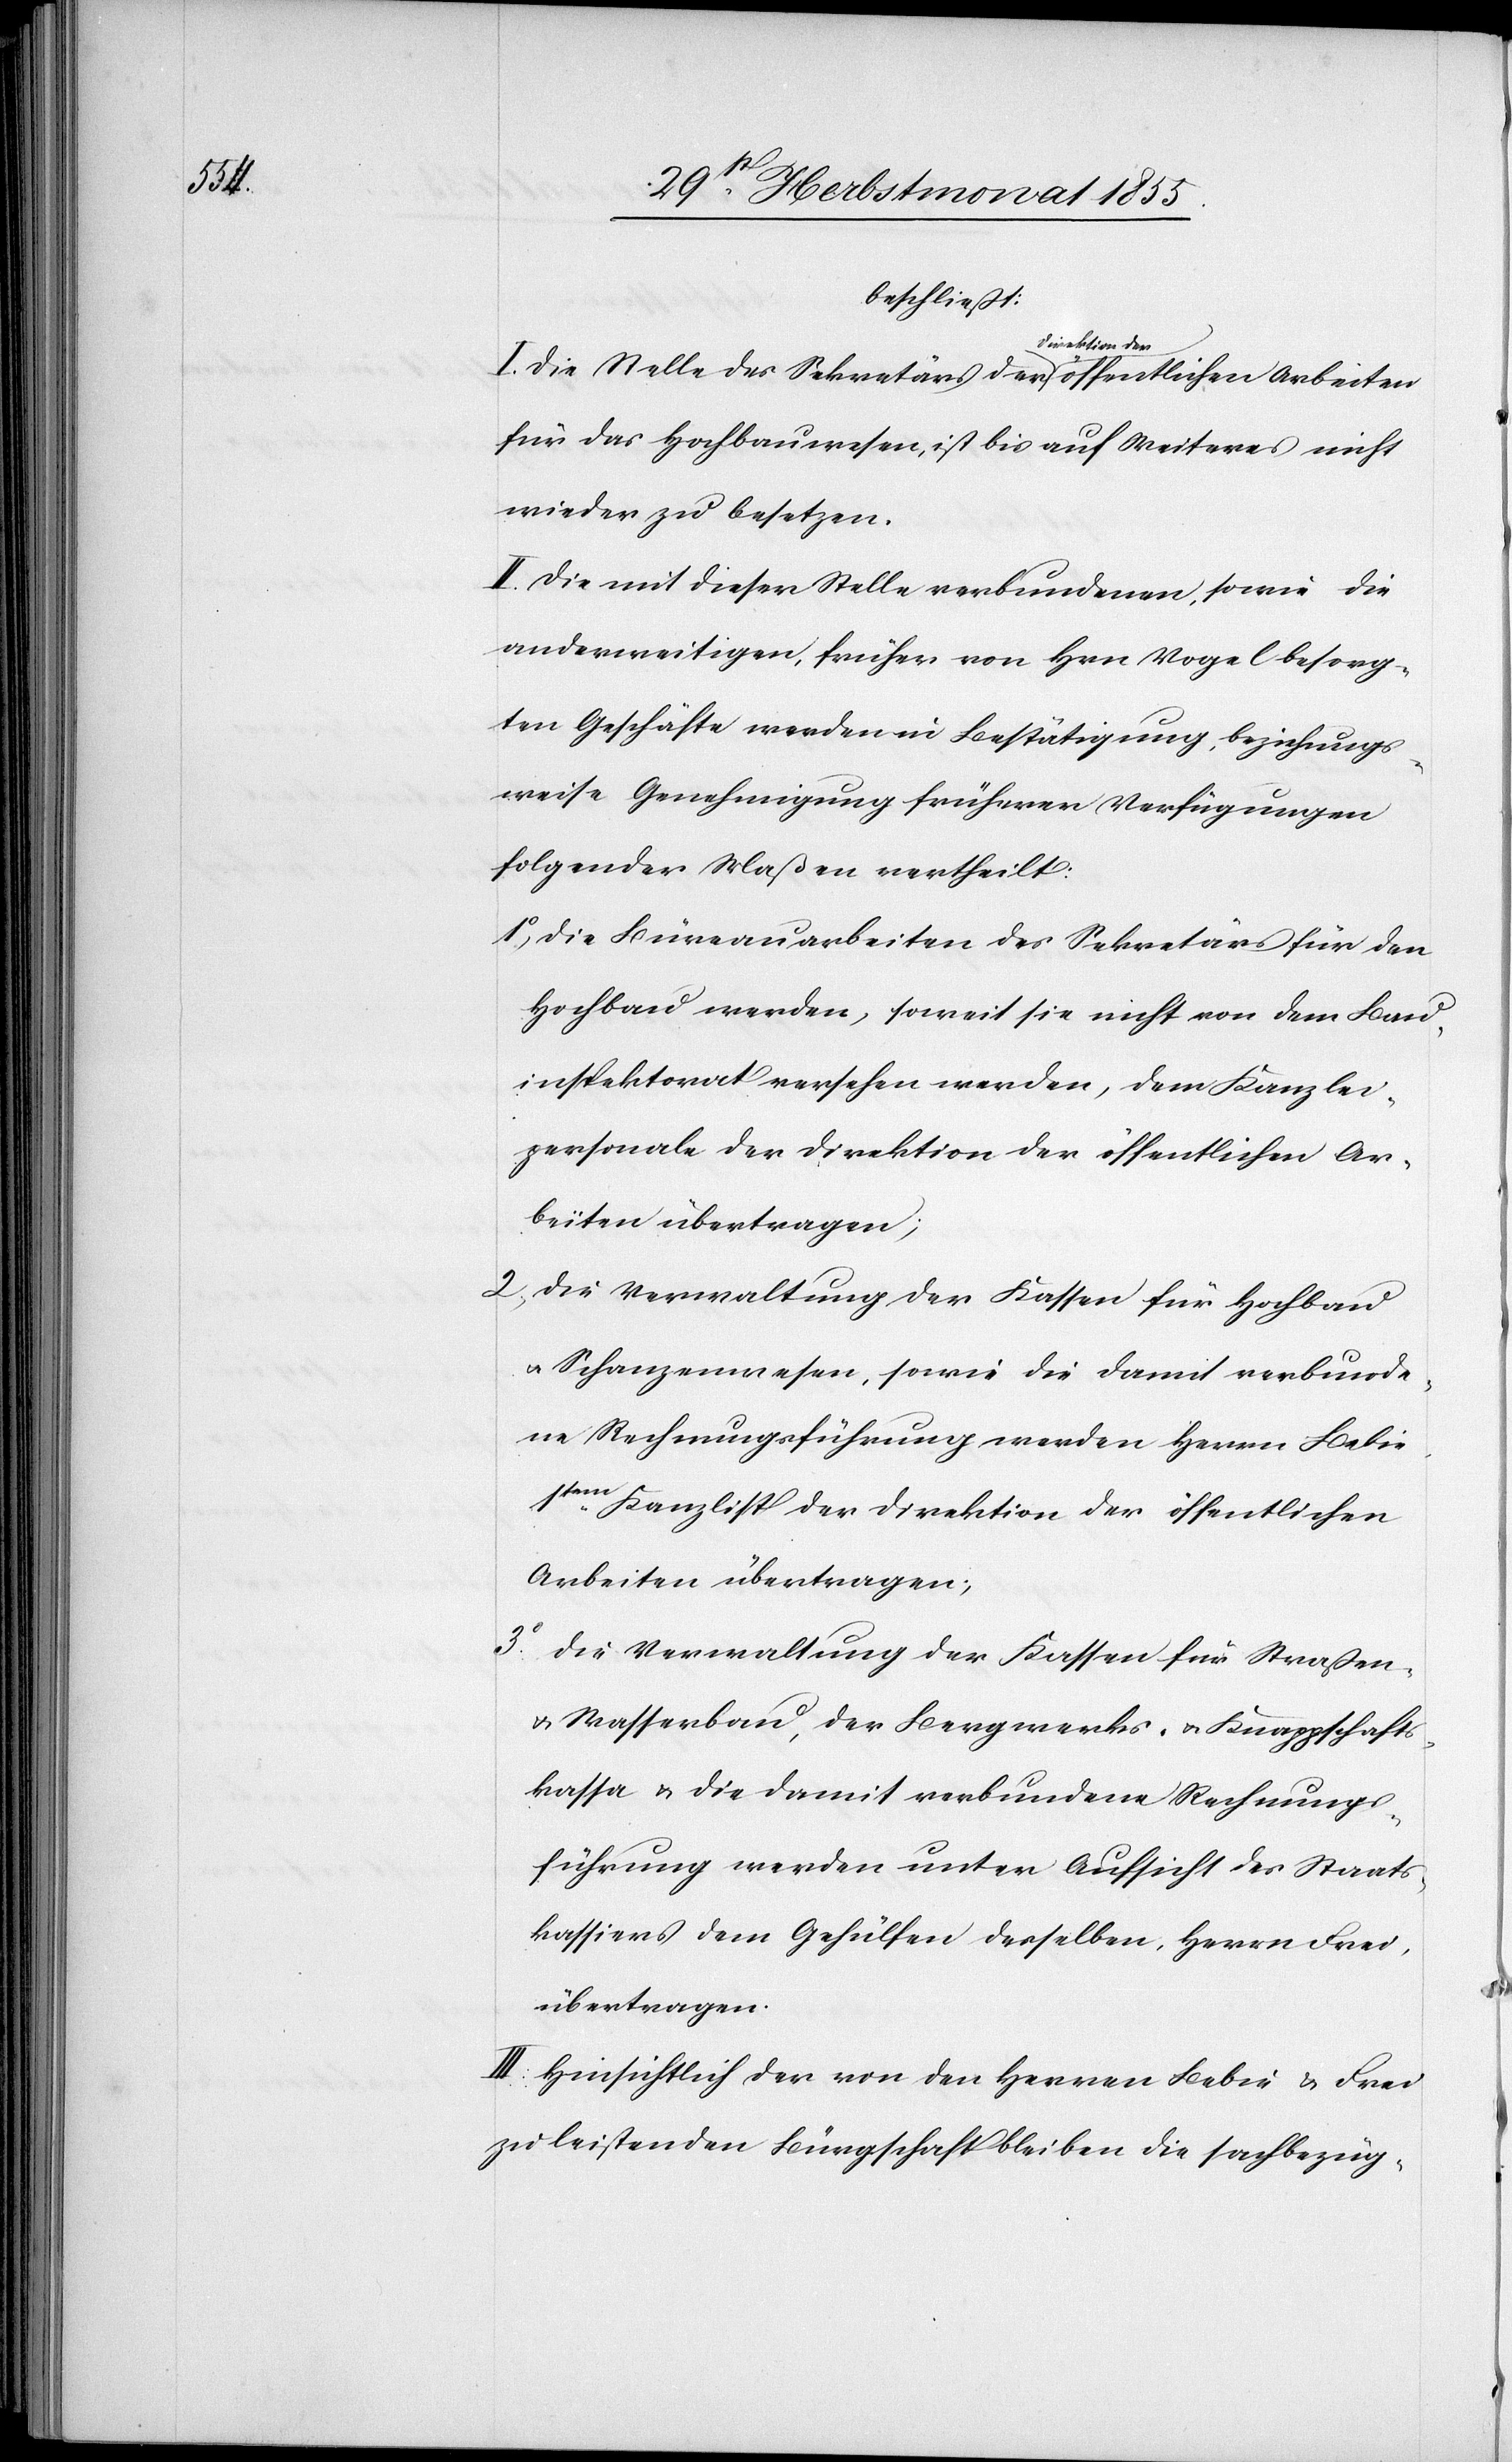
beschließt:
I. Die Stelle des Sekretärs der Direktion der öffentlichen Arbeiten
für das Hochbauwesen, ist bis auf Weiteres nicht
wieder zu besetzen.
II. Die mit dieser Stelle verbundenen, sowie die
anderweitigen, früher von Hrn. Vogel besorg¬
ten Geschäfte werden in Bestätigung, beziehungs¬
weise Genehmigung früherer Verfügungen
folgender Maßen vertheilt:
Die Büreauarbeiten des Sekretärs für den
Hochbau werden, soweit sie nicht von dem Bau¬
inspektorat versehen werden, dem Kanzlei¬
personale der Direktion der öffentlichen Ar¬
beiten übertragen;
Die Verwaltung der Kassen für Hochbau
& Schanzenwesen, sowie die damit verbunde¬
ne Rechnungsführung werden Herrn Bebie
1tem. Kanzlist der Direktion der öffentlichen
Arbeiten übertragen;
Die Verwaltung der Kassen für Straßen-
& Wasserbau, der Bergwerks- & Knappschafts¬
kasse & die damit verbundene Rechnungs¬
führung werden unter Aufsicht des Staats¬
kassiers dem Gehülfen desselben, Herrn Frei,
übertragen.
III. Hinsichtlich der von den Herren Bebie & Frei
zu leistenden Bürgschaft bleiben die sachbezüg-